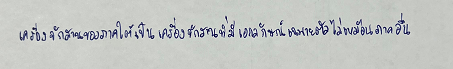
เครื่องจักสานของภาคใต้เป็นเครื่องจักสานที่มีเอกลักษณ์เฉพาะตัวไม่เหมือนภาคอื่น